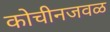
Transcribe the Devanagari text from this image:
कोचीनजवळ